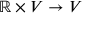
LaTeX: \mathbb { R } \times V \rightarrow V